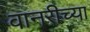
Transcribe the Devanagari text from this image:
वानरीच्या